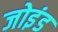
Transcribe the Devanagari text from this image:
जोइंड